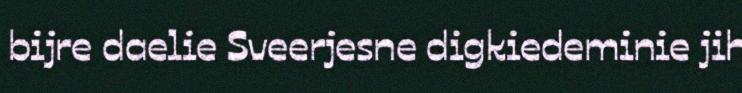
bijre daelie Sveerjesne digkiedeminie jih